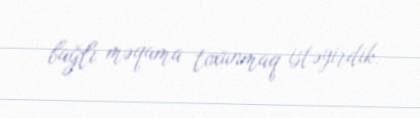
bağlı məqama toxunmaq istəyirdik.